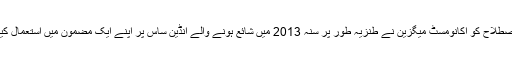
اس اصطلاح کو اکانومسٹ میگزین نے طنزیہ طور پر سنہ 2013 میں شائع ہونے والے انڈین ساس پر اپنے ایک مضمون میں استعمال کیا تھا۔